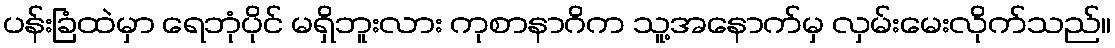
ပန်းခြံထဲမှာ ရေဘုံပိုင် မရှိဘူးလား ကုစာနာဂိက သူ့အနောက်မှ လှမ်းမေးလိုက်သည်။